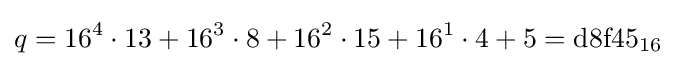
q=16^{4}\cdot 13+16^{3}\cdot 8+16^{2}\cdot 15+16^{1}\cdot 4+5={\text{d8f45}}_{16}